Leprosy in India: report of the Leprosy Commission in India, 1890-91
Year: 1890
Disease focus: Leprosy
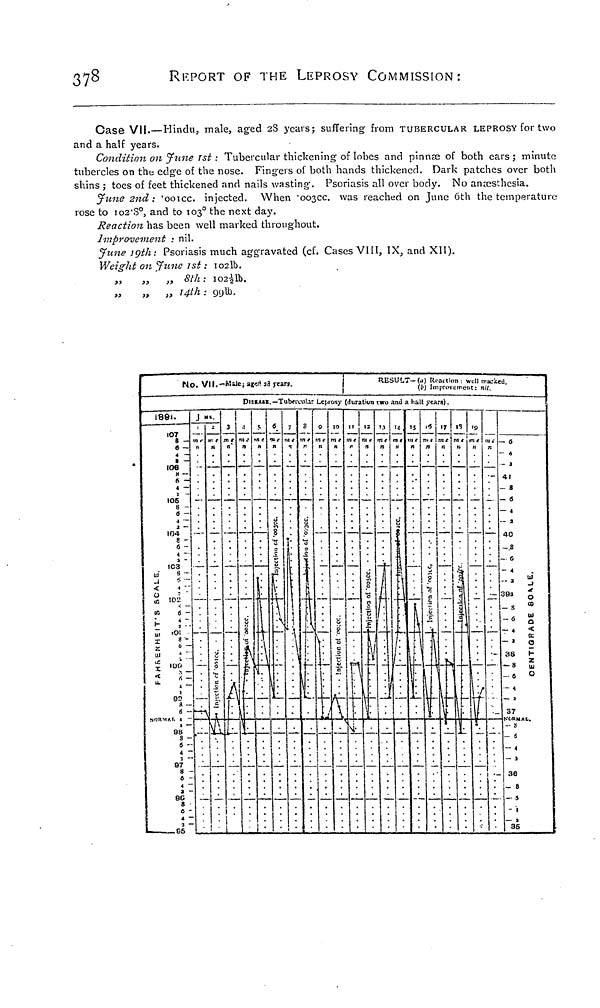
378
REPORT OF THE LEPROSY COMMISSION:
Case VII.—Hindu, male, aged 2S years; suffering from TUBERCULAR LEPROSY for two
and a half years.
Condition on June 1st : Tubercular thickening of lobes and pinnæ of both ears ; minute
tubercles on the edge of the nose. Fingers of both hands thickened. Dark patches over both
shins ; toes of feet thickened and nails wasting. Psoriasis all over body. No anæsthesia.
June 2nd : '001cc. injected. When '003CC was reached on June 6th the temperature
rose to 102.8°, and to 103 o the next day.
Reaction has been well marked throughout.
Improvement : nil.
June 19th: Psoriasis much aggravated (cf. Cases VIII, IX, and XII).
Weight on June 1st : 102lb.
„
„
„ 8th: 1021/21lb.
„
„ „ 14th: 99lb.